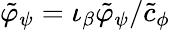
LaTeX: \tilde{\varphi}_{\psi}=\iota_{\beta}\tilde{\varphi}_{\psi}/\tilde{c}_{\phi}